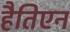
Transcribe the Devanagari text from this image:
हैतिएन